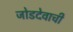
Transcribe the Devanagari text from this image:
जोडदेवाची